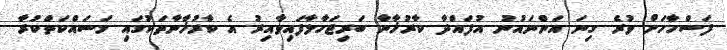
ފަސްހާހަށް ވުރެ ގިނަ އަންނައުނު އުފައްދާ ކާރުޚާނާ ބަރިޖަހާލާފައިވާއިރު އެ ކާރުޚާނާތަކުގައި މަސައްކަތްކުރާ